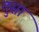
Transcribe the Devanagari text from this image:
तुसा